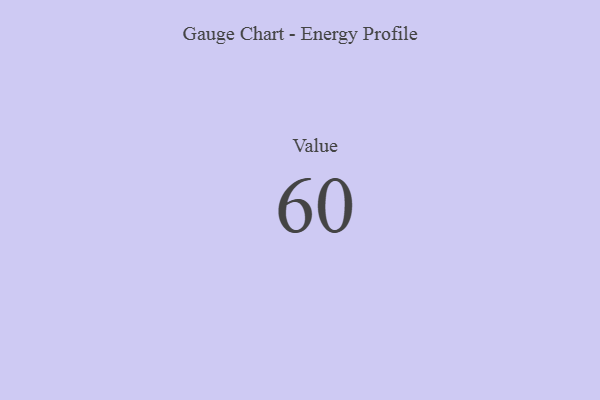
{"axis": {"x": "Metric", "y": "Value"}, "legend": [""], "data": [{"x": "Value", "y": 60, "type": ""}]}